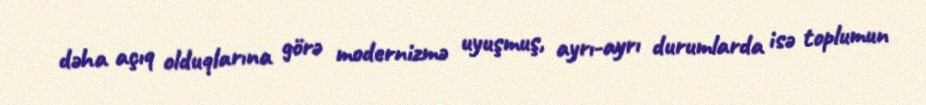
dəha açıq olduqlarına görə modernizmə uyuşmuş, ayrı-ayrı durumlarda isə toplumun